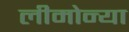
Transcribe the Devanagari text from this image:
लीमोन्या